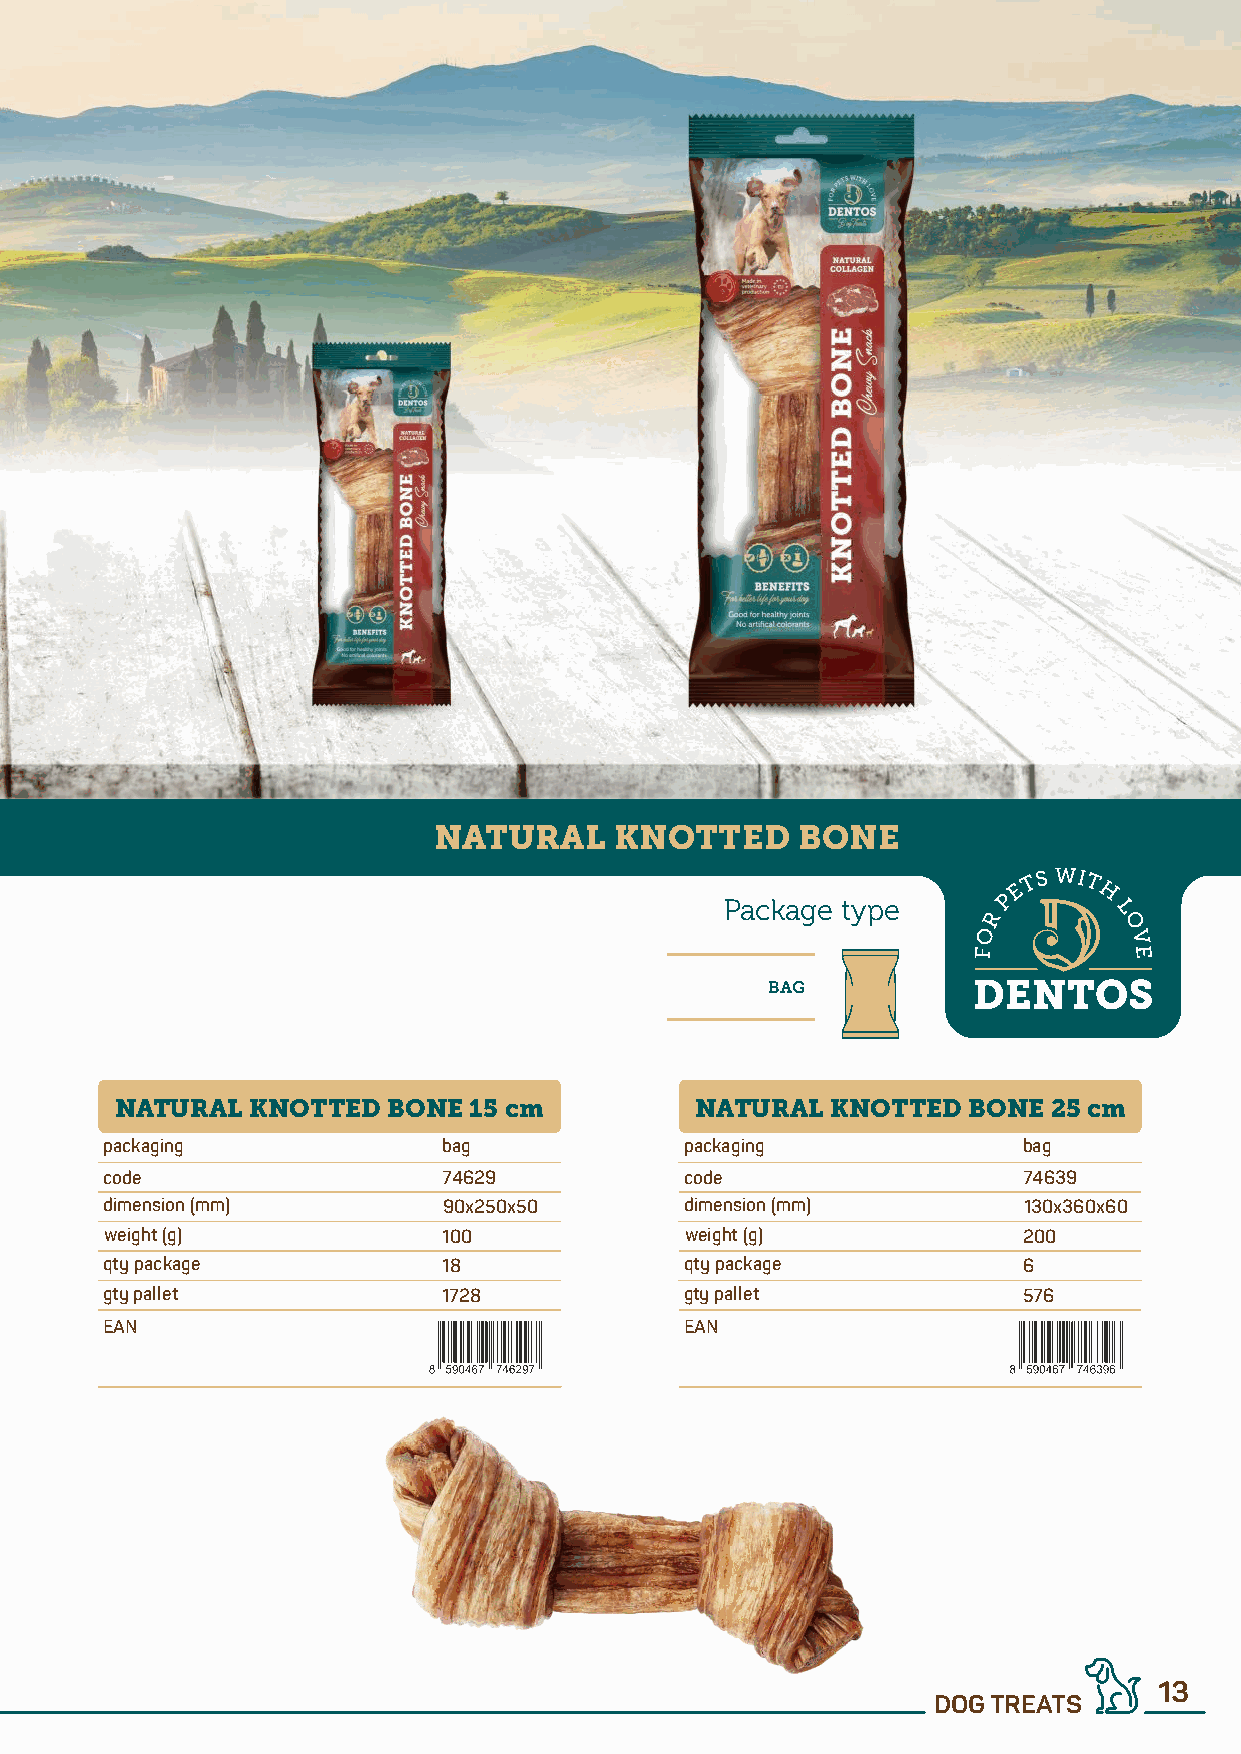
NATURAL     KNOTTED     BONE
 Package type
 BAG
 NATURAL  KNOTTED  BONE 15 cm          NATURAL  KNOTTED  BONE  25 cm
 packaging             bag             packaging              bag
 code                  74629           code                   74639
 dimension (mm)        90x250x50       dimension (mm)         130x360x60
 weight (g)            100             weight (g)             200
 qty package           18              qty package            6
 gty pallet            1728            gty pallet             576
 EAN                                   EAN
 13
 DOG TREATS